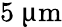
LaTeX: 5~{\upmu\mathrm{m}}